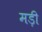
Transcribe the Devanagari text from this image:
मड़ी